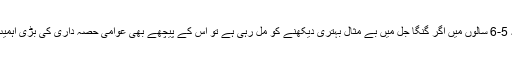
گزشتہ 5-6 سالوں میں اگر گنگا جل میں بے مثال بہتری دیکھنے کو مل رہی ہے تو اس کے پیچھے بھی عوامی حصہ داری کی بڑی اہمیت ہے۔